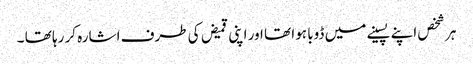
ہر شخص اپنے پسینے میں ڈوبا ہوا تھا اور اپنی قمیض کی طرف اشارہ کر رہا تھا ۔